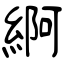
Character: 䋪